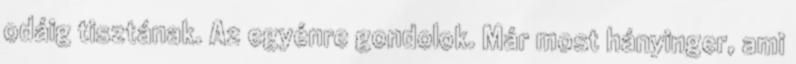
odáig tisztának. Az egyénre gondolok. Már most hányinger, ami